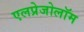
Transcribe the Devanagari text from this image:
एलप्रेजोलॉम